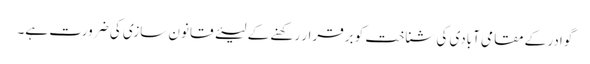
گوادر کے مقامی آبادی کی شناخت کو برقرار رکھنے کے لیئے قانون سازی کی ضرورت ہے۔